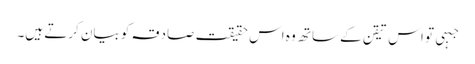
جبہی تو اس تیقن کے ساتھ وہ اس حقیقت صادقہ کو بیان کرتے ہیں۔